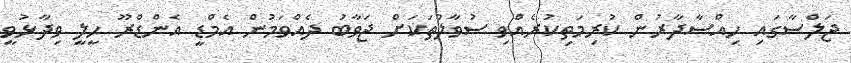
ޖަލްސާގައި ހިއްސާދާރުން ކުރިމަތިކުރެއްވި ސުވާލުތަކަށް ޖަވާބު ދެއްވަމުން އެމްޑީ އެންޑްރޫ ހީލީ ވިދާޅުވީ